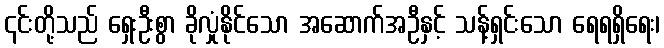
၎င်းတို့သည် ရှေးဦးစွာ ခိုလှုံနိုင်သော အဆောက်အဦနှင့် သန့်ရှင်းသော ရေရရှိရေး၊